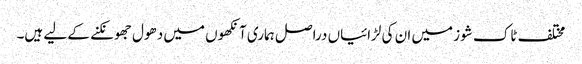
مختلف ٹاک شوز میں ان کی لڑائیاں دراصل ہماری آنکھوں میں دھول جھونکنے کے لیے ہیں۔